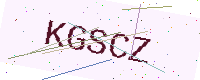
Text: KGSCZ